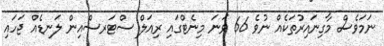
ނަމަވެސް މާގިނައިރުތަކެއް ނުވެ 66 ވަނަ މިނެޓްގައި ރިއަލް ސްޓަރސްއިން ލަނޑެއް ޖަހައި